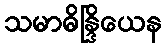
သမာဓိန္ဒြိယေန